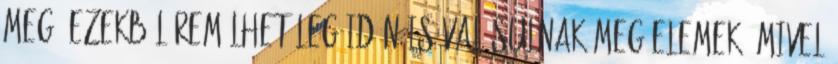
meg, ezekből remélhetőleg idén is valósulnak meg elemek. Mivel